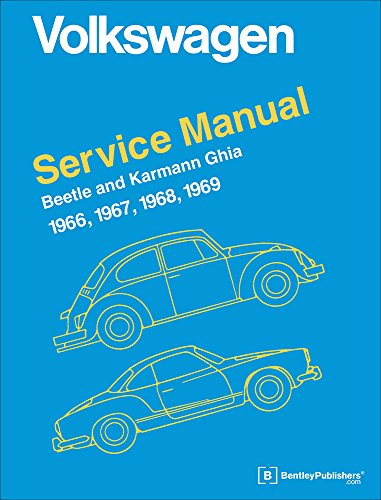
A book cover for Volkswagen Beetle and Karmann Ghia Service Manual, Type 1: 1966, 1967, 1968, 1969; Inc. Volkswagen of America; Engineering & Transportation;